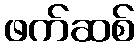
ဖက်ဆစ်